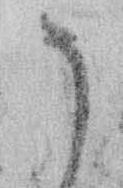
そ